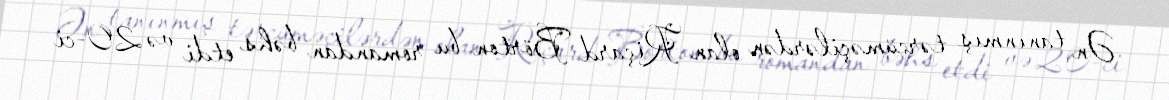
Ən tanınmış tərcüməçilərdən olan Riçard Börton bu romandan bəhs etdi və 20-ci